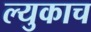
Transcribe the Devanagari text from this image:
ल्युकाच